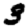
Digit: 3